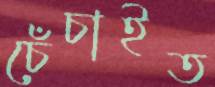
চেঁচাইত